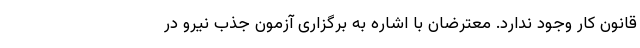
قانون کار وجود ندارد. معترضان با اشاره به برگزاری آزمون جذب نیرو در